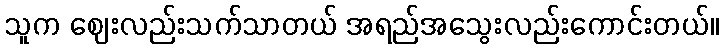
သူက ဈေးလည်းသက်သာတယ် အရည်အသွေးလည်းကောင်းတယ်။